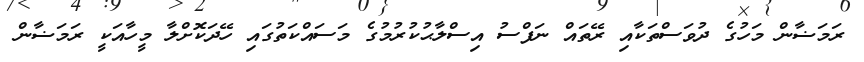
ރަމަޟާން މަހުގެ ދުވަސްތަކާއި ރޭތައް ނަފްސު އިސްލާޙުކުރުމުގެ މަސައްކަތުގައި ހޭދަކޮށްލާ މީހާއަކީ ރަމަޟާން